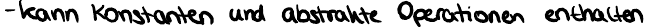
- kann Konstanten und abstrakte Operationen enthalten